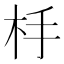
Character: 杽